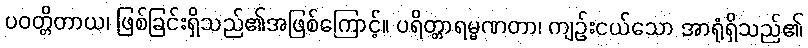
ပဝတ္တိတာယ၊ ဖြစ်ခြင်းရှိသည်၏အဖြစ်ကြောင့်။ ပရိတ္တာရမ္မဏတာ၊ ကျဉ်းငယ်သော အာရုံရှိသည်၏